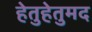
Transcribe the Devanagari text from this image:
हेतुहेतुमद